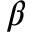
\beta